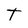
Character: T